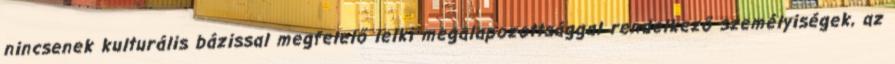
nincsenek kulturális bázissal megfelelő lelki megalapozottsággal rendelkező személyiségek, az